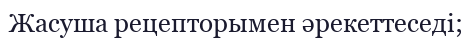
Жасуша рецепторымен әрекеттеседі;